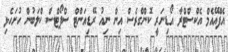
އެފްއޭއެމް އެކްސްޓްރާ އޯޑިނަރީ ކޮންގްރެސް އިން ނިއު ރޭޑިއަންޓް ސްޕޯޓްސް ކްލަބުން ހުށަހެޅި